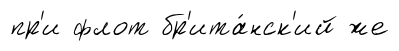
пр'и флот бр'ита́нск'ий же